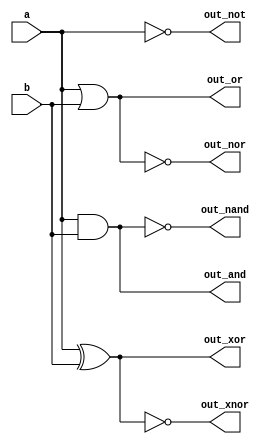
// Module for basic and universal gates

module gates (
  input a, b,
  output out_not, out_and, out_or, out_nand, out_nor, out_xor, out_xnor
);

  // Inverter (NOT)
  assign out_not = ~a;

  // AND gate
  assign out_and = a & b;

  // OR gate
  assign out_or = a | b;

  // NAND gate (derived from AND and NOT)
  assign out_nand = ~(a & b);

  // NOR gate (derived from OR and NOT)
  assign out_nor = ~(a | b);

  // XOR gate
  assign out_xor = a ^ b;

  // XNOR gate (derived from XOR and NOT)
  assign out_xnor = ~(a ^ b);

endmodule